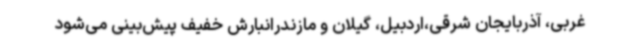
غربی، آذربایجان شرقی،اردبیل، گیلان و مازندرانبارش خفیف پیش‌بینی می‌شود